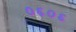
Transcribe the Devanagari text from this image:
०६०६